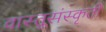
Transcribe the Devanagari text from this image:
वास्तूसंस्कृती